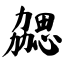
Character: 勰